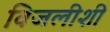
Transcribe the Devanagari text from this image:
विजलीशी